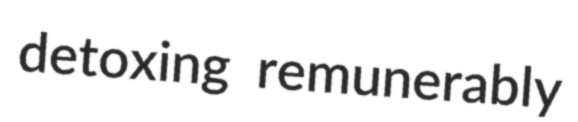
detoxing remunerably